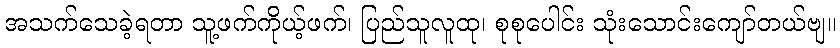
အသက်သေခဲ့ရတာ သူ့ဖက်ကိုယ့်ဖက်၊ ပြည်သူလူထု၊ စုစုပေါင်း သုံးသောင်းကျော်တယ်ဗျ။